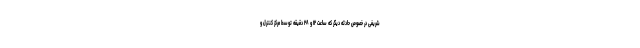
شریفی در خصوص حادثه دیگر که ساعت ۱۲ و ۲۸ دقیقه توسط مرکز کنترل و